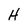
Character: H